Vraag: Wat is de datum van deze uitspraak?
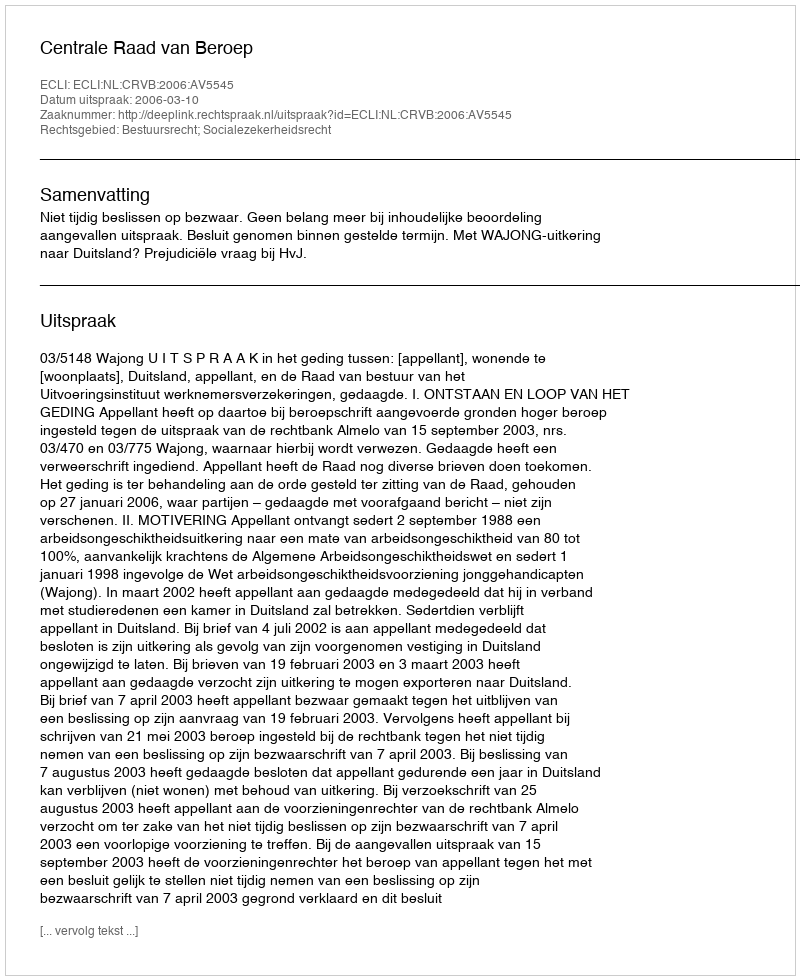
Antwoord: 2006-03-10